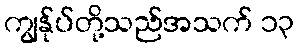
ကျွန်ုပ်တို့သည်အသက် ၁၃